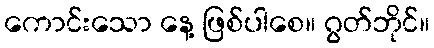
ကောင်းသော နေ့ ဖြစ်ပါစေ။ ဂွတ်ဘိုင်။